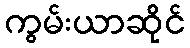
ကွမ်းယာဆိုင်